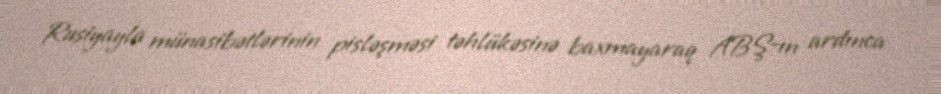
Rusiyayla münasibətlərinin pisləşməsi təhlükəsinə baxmayaraq ABŞ-ın ardınca